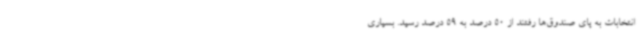
انتخابات به پای صندوق‌ها رفتند از 50 درصد به 59 درصد رسید. بسیاری